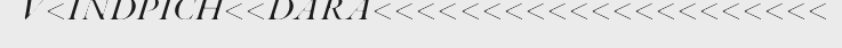
V<INDPICH<<DARA<<<<<<<<<<<<<<<<<<<<<